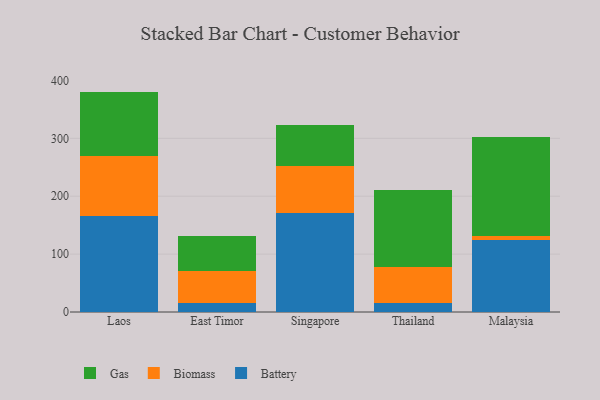
{"axis": {"x": "Country", "y": "Customer Acquisition Cost (USD)"}, "legend": ["Battery", "Biomass", "Gas"], "data": [{"x": "Laos", "y": 165.5, "type": "Battery"}, {"x": "Laos", "y": 104.3, "type": "Biomass"}, {"x": "Laos", "y": 110.9, "type": "Gas"}, {"x": "East Timor", "y": 15.4, "type": "Battery"}, {"x": "East Timor", "y": 56.1, "type": "Biomass"}, {"x": "East Timor", "y": 59.4, "type": "Gas"}, {"x": "Singapore", "y": 170.5, "type": "Battery"}, {"x": "Singapore", "y": 81.9, "type": "Biomass"}, {"x": "Singapore", "y": 70.4, "type": "Gas"}, {"x": "Thailand", "y": 15.5, "type": "Battery"}, {"x": "Thailand", "y": 61.5, "type": "Biomass"}, {"x": "Thailand", "y": 132.9, "type": "Gas"}, {"x": "Malaysia", "y": 125.0, "type": "Battery"}, {"x": "Malaysia", "y": 6.6, "type": "Biomass"}, {"x": "Malaysia", "y": 170.7, "type": "Gas"}]}